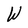
Character: W